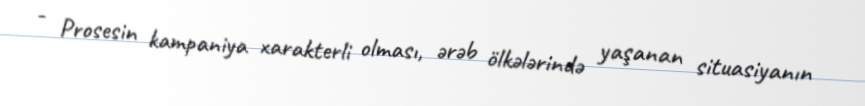
- Prosesin kampaniya xarakterli olması, ərəb ölkələrində yaşanan situasiyanın